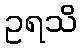
ဥရသိ